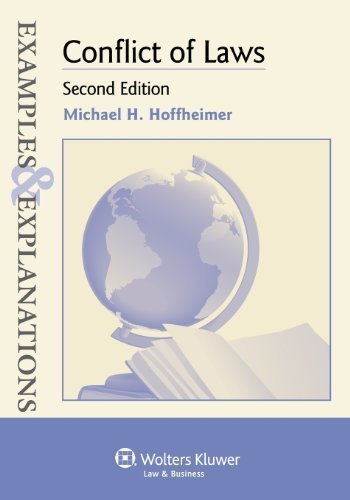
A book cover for Examples & Explanations: Conflict of Laws, Second Edition 2nd edition by Michael H. Hoffheimer (2012) Paperback; Michael H. Hoffheimer; Law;